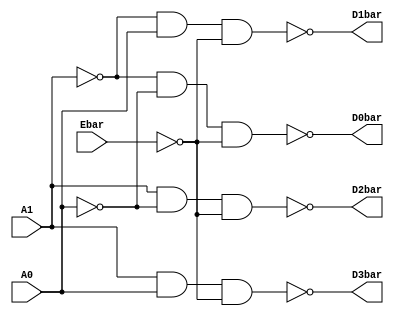
`timescale 1ns / 1ps
//////////////////////////////////////////////////////////////////////////////////
// Company: 
// Engineer: 
// 
// Design Name: 
// Module Name:    B100_build_from_gates 
// Project Name: 
// Target Devices: 
// Tool versions: 
// Description: 
//
// Dependencies: 
//
// Revision: 
// Revision 0.01 - File Created 
// Additional Comments:  
//
//////////////////////////////////////////////////////////////////////////////////
module build_from_gates(
    input Ebar,
    input A0,
    input A1,
    output D0bar,
    output D1bar,
    output D2bar,
    output D3bar
    );
											// example of a structural description. 
											// 2 to 4 decoder
											// Easy to follow if you have a schematic
wire A0bar, A1bar, E;

not										// OUT, IN
	g0(A0bar, A0  ),					// Invert A0   to make A0bar
	g1(A1bar, A1  ),					// Invert A1   to make A1bar
	g2(E,     Ebar);					// Invert Ebar to make E
	
nand										// OUT IN IN ...
	g3(D0bar, A1bar, A0bar, E),	// Assert D0 negative iff A1 = 0, A0 = 0, and E = 0
	g4(D1bar, A1bar, A0,    E),	// Assert D1 negative iff A1 = 0, A0 = 1, and E = 0
    g5(D2bar, A1,    A0bar, E),	// Assert D2 negative iff A1 = 1, A0 = 0, and E = 0
	g6(D3bar, A1,    A0,    E);	// Assert D3 negative iff A1 = 1, A0 = 1, and E = 0

											// and or not nand nand xor xnor buf

endmodule